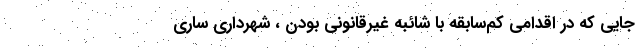
جایی که در اقدامی کم‌سابقه با شائبه غیرقانونی بودن ، شهرداری ساری